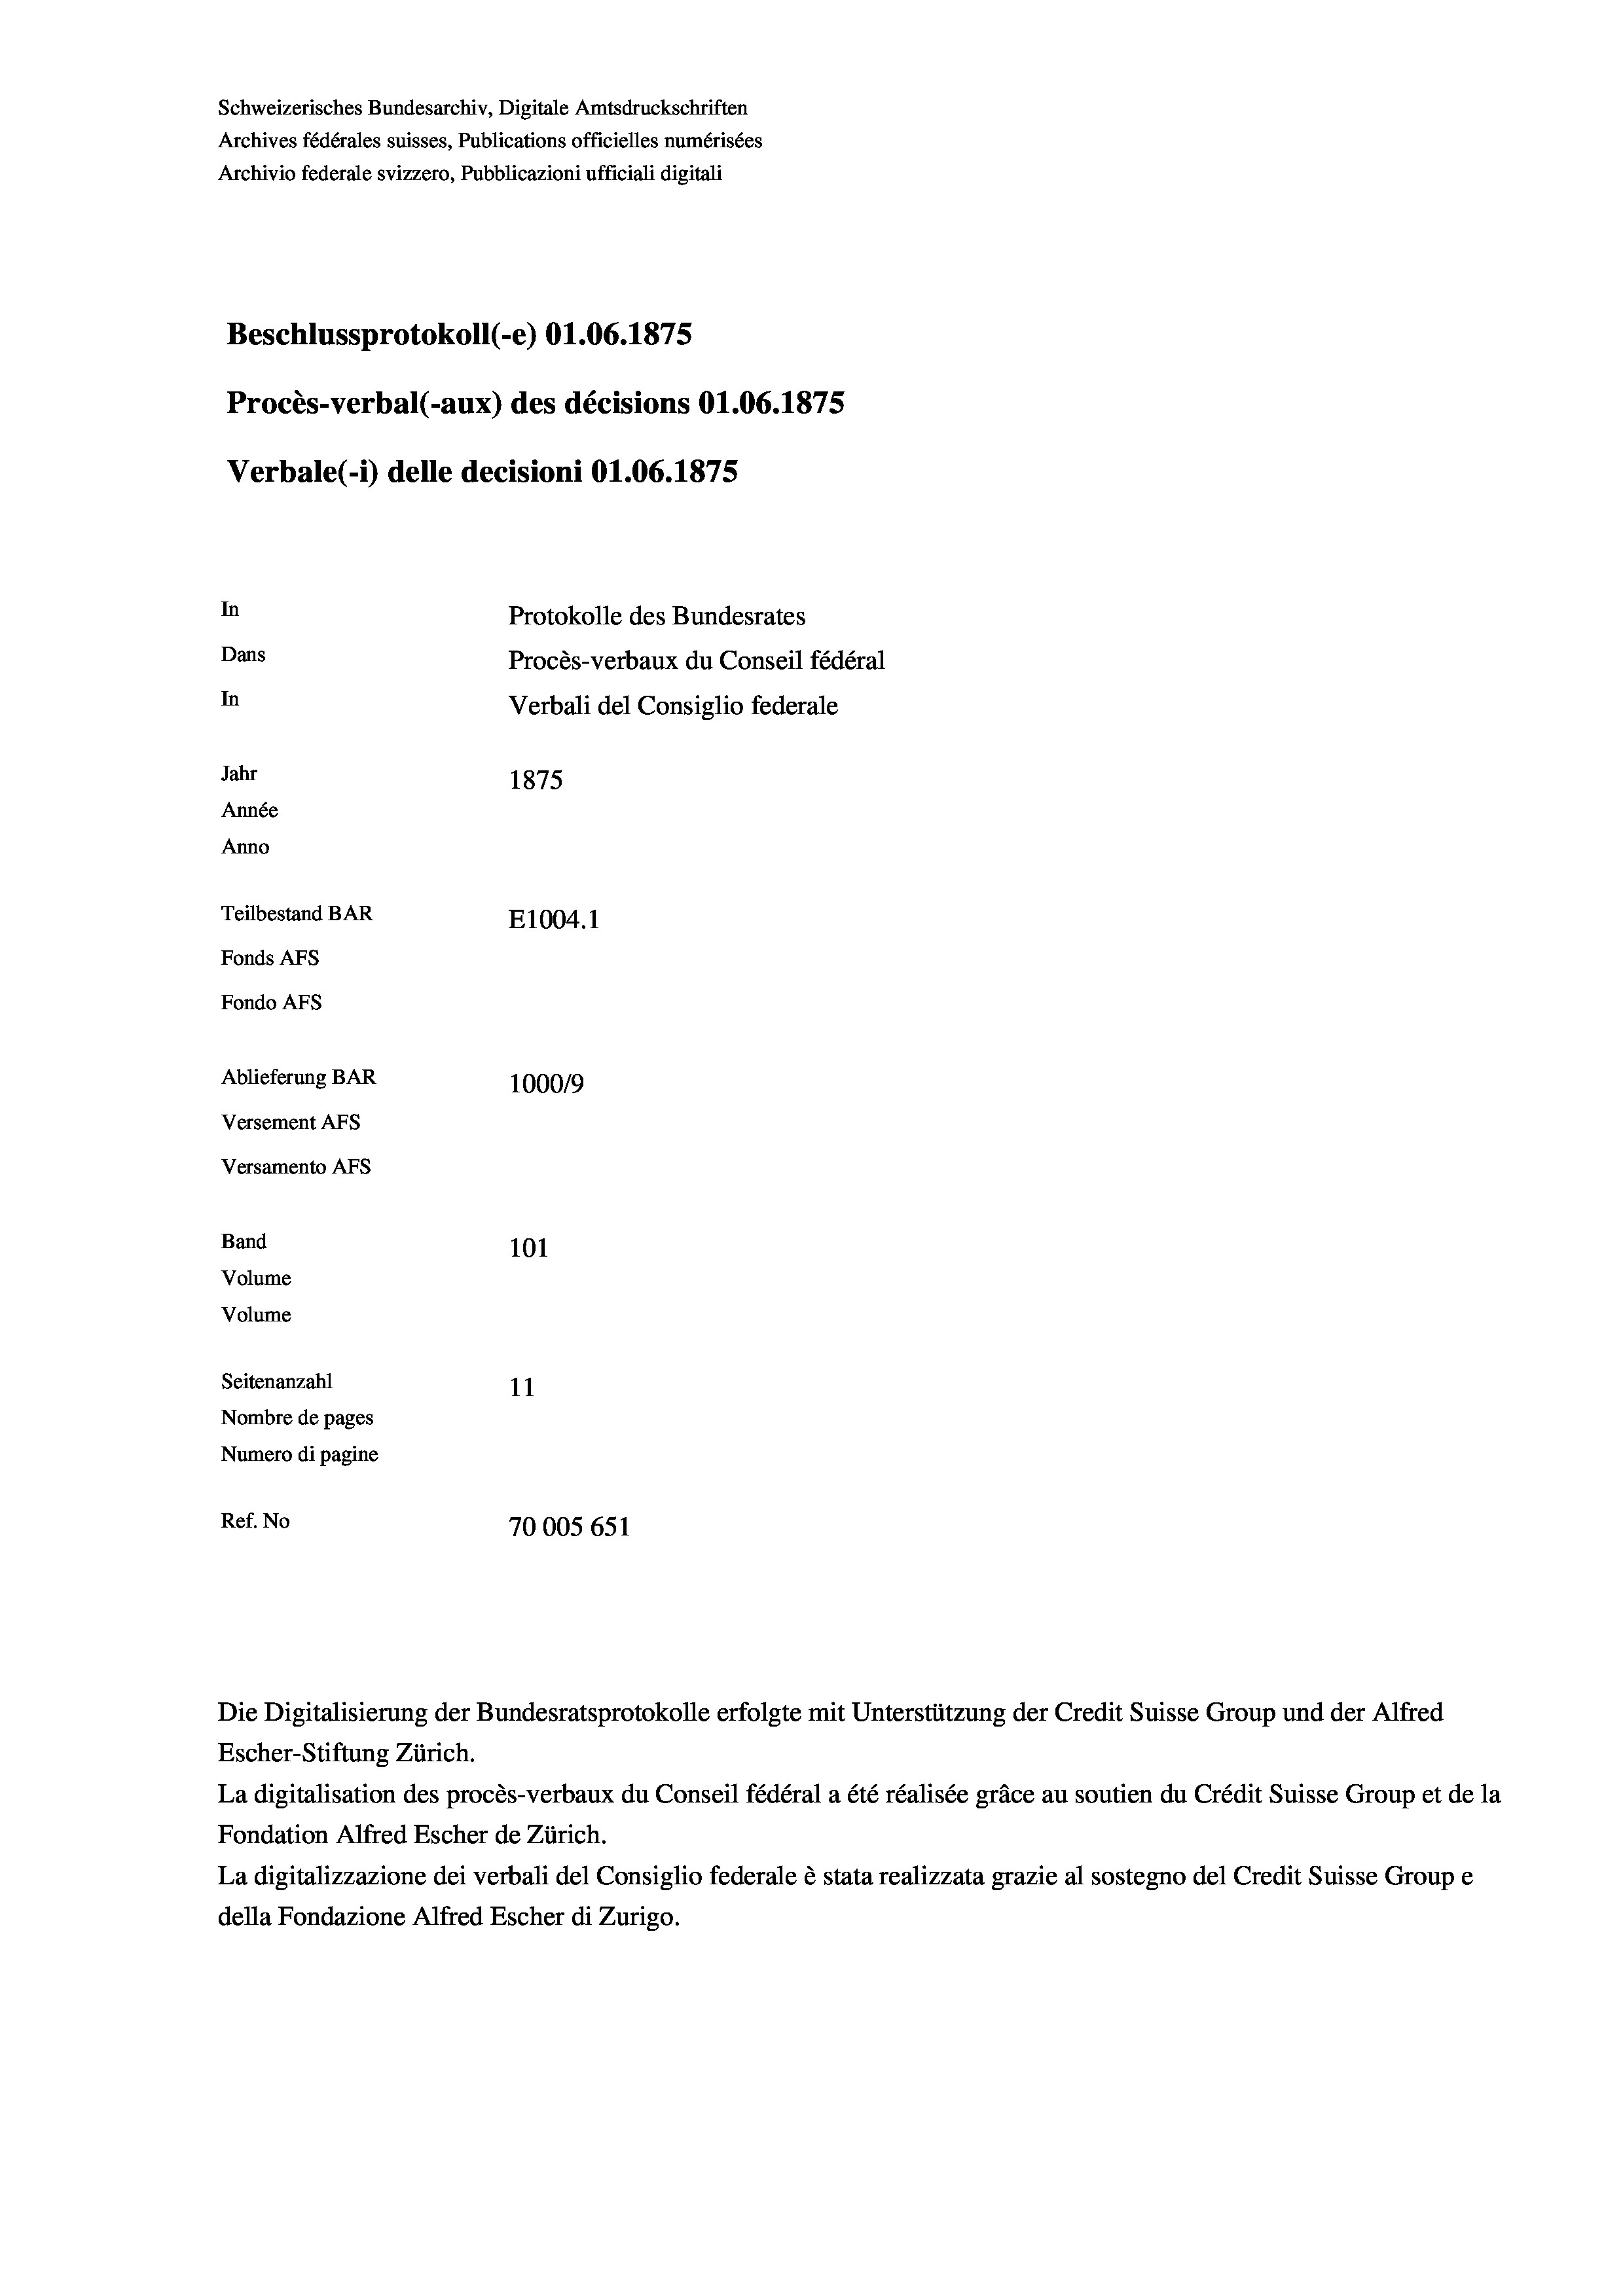
Schweizerisches Bundesarchiv, Digitale Amtsdruckschriften
Archives fédérales suisses, Publications officielles numérisées
Archivio federale svizzero, Pubblicazioni ufficiali digitali
Beschlussprotokoll (-e) O1.06. 1875
Procès-verbal (-aux) des décisions O1.06. 1875
Verbale (1) delle decisioni O1.06. 1875
In
Protokolle des Bundesrates
Dans
Procès-verbaux du Conseil fédéral
In
Verbali del Consiglio federale
Jahr
1875
Année
Anno
Teilbestand BAR
E1004. 1
Fonds AFs
Fondo AFS
Ablieferung BAR
100019
Versement Abs
Versamento Afs
Band
101
Volume
Volume

Seitenanzahl
11
Nombre de pages
Numero di pagine
Ref. No
70005 651

Die Digitalisierung der Bundesratsprotokolle erfolgte mit Unterstützung der Credit Suisse Group und der Alfred
Escher-Stiftung Zürich.
La digitalisation des procès-verbaux du Conseil fédéral a été réalisée gräce au soutien du Crédit Suisse Group et de la
Fondation Alfred Escher de Zürich.
La digitalizzazione dei verbali del Consiglio federale è stata realizzata grazie al sostegno del Credit Suisse Groupe
della Fondazione Alfred Escher di Zurigo.